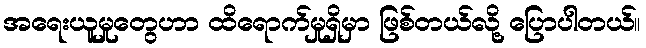
အရေးယူမှုတွေဟာ ထိရောက်မှုရှိမှာ ဖြစ်တယ်လို့ ပြောပါတယ်။